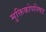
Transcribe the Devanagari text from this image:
मुक्तिकोपनिषद